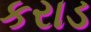
કરાડ